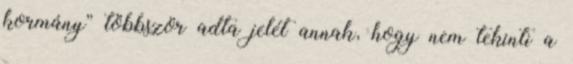
kormány” többször adta jelét annak, hogy nem tekinti a